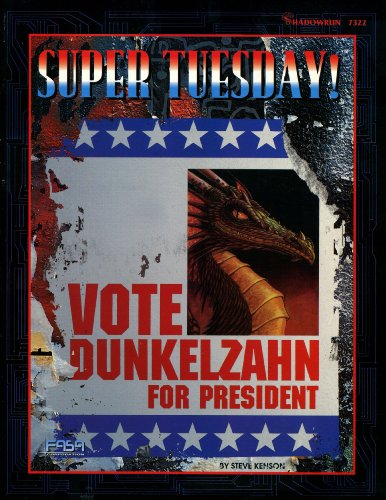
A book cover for Super Tuesday (Shadowrun); Science Fiction & Fantasy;